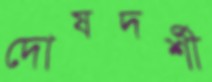
দোষদর্শী